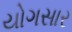
યોગસાર